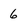
Character: 6